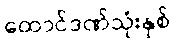
ထောင်ဒဏ်သုံးနှစ်